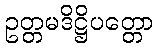
ဥတ္တမဒိဋ္ဌိပတ္တော